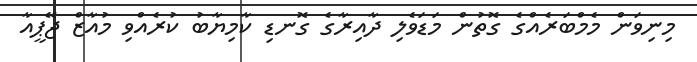
މިނިވަން މެމްބަރެއްގެ ގޮތުން މަޑަވެލި ދާއިރާގެ ގޮނޑި ކާމިޔާބު ކުރެއްވި މުއާޒް ޖޭޕީއާ